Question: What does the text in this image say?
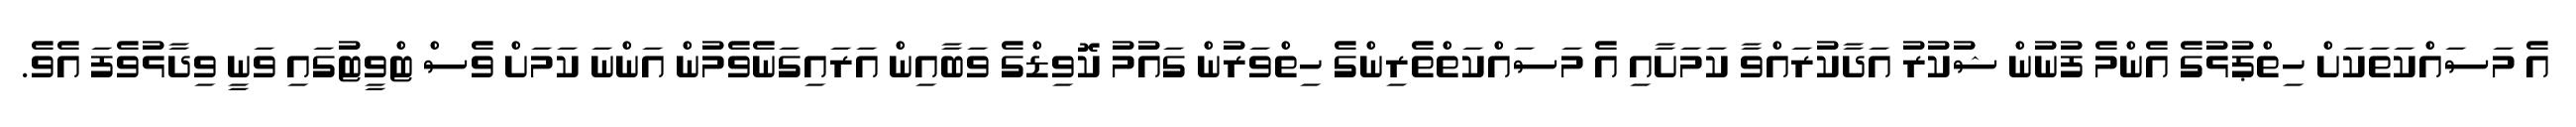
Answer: އެ މަސައްކަތަކަށް ހިތްޕުޅުގެ އެންމެ ފުނުން ޝުކުރު އަދާކުރައްވާ ކަމަށާއި އެ މަސައްކަތްތެރިންގެ ހިތްވަރުން ގައުމު ކޮވިޑްގެ ވަބާއިން އަރައިގަނެވެމުން އަންނަ ކަމަށް ވެސް ޓްވީޓުގައި ވަނީ ވިދާޅުވެފަ އެވެ.